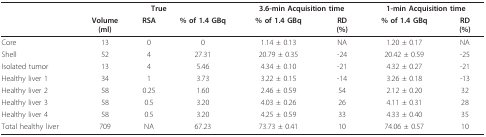
|  | <COLSPAN=3> True | <COLSPAN=2> 3.6-min Acquisition time | <COLSPAN=2> 1-min Acquisition time |
 |  | Volume(ml) | RSA | % of 1.4 GBq | % of 1.4 GBq | RD(%) | % of 1.4 GBq | RD(%) |
 | --- | --- | --- | --- | --- | --- | --- | --- |
 | Core | 13 | 0 | 0 | 1.14 ± 0.13 | NA | 1.20 ± 0.17 | NA |
 | Shell | 52 | 4 | 27.31 | 20.79 ± 0.35 | -24 | 20.42 ± 0.59 | -25 |
 | Isolated tumor | 13 | 4 | 5.46 | 4.34 ± 0.10 | -21 | 4.32 ± 0.27 | -21 |
 | Healthy liver 1 | 34 | 1 | 3.73 | 3.22 ± 0.15 | -14 | 3.26 ± 0.18 | -13 |
 | Healthy liver 2 | 58 | 0.25 | 1.60 | 2.46 ± 0.59 | 54 | 2.12 ± 0.20 | 32 |
 | Healthy liver 3 | 58 | 0.5 | 3.20 | 4.03 ± 0.26 | 26 | 4.11 ± 0.31 | 28 |
 | Healthy liver 4 | 58 | 0.5 | 3.20 | 4.25 ± 0.59 | 33 | 4.33 ± 0.40 | 35 |
 | Total healthy liver | 709 | NA | 67.23 | 73.73 ± 0.41 | 10 | 74.06 ± 0.57 | 10 |